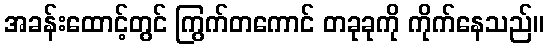
အခန်းထောင့်တွင် ကြွက်တကောင် တခုခုကို ကိုက်နေသည်။